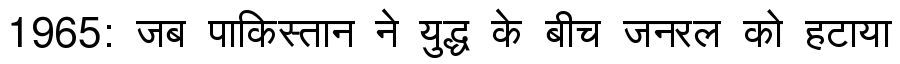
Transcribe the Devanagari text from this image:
1965: जब पाकिस्तान ने युद्ध के बीच जनरल को हटाया